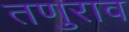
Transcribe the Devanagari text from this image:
तणुराव